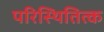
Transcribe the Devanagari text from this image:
परिस्थितित्क